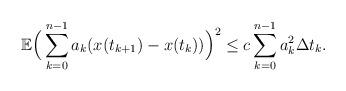
LaTeX: \begin{align*} \mathbb{E}\Big(\sum^{n-1}_{k=0}a_k(x(t_{k+1})-x(t_k))\Big)^2\leq c\sum^{n-1}_{k=0}a^2_k\Delta t_k. \end{align*}